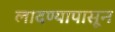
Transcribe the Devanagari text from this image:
लादण्यापासून